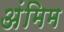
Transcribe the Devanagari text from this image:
अंमिम